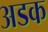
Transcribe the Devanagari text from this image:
अडक